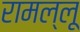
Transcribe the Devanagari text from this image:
रामल्लू